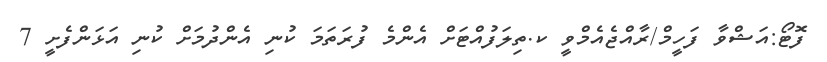
ފޮޓޯ:އަޝްވާ ފަހީމް/ރާއްޖެއެމްވީ ކ.ތިލަފުއްޓަށް އެންމެ ފުރަތަމަ ކުނި އެންދުމަށް ކުނި އަޅަންފެށީ 7